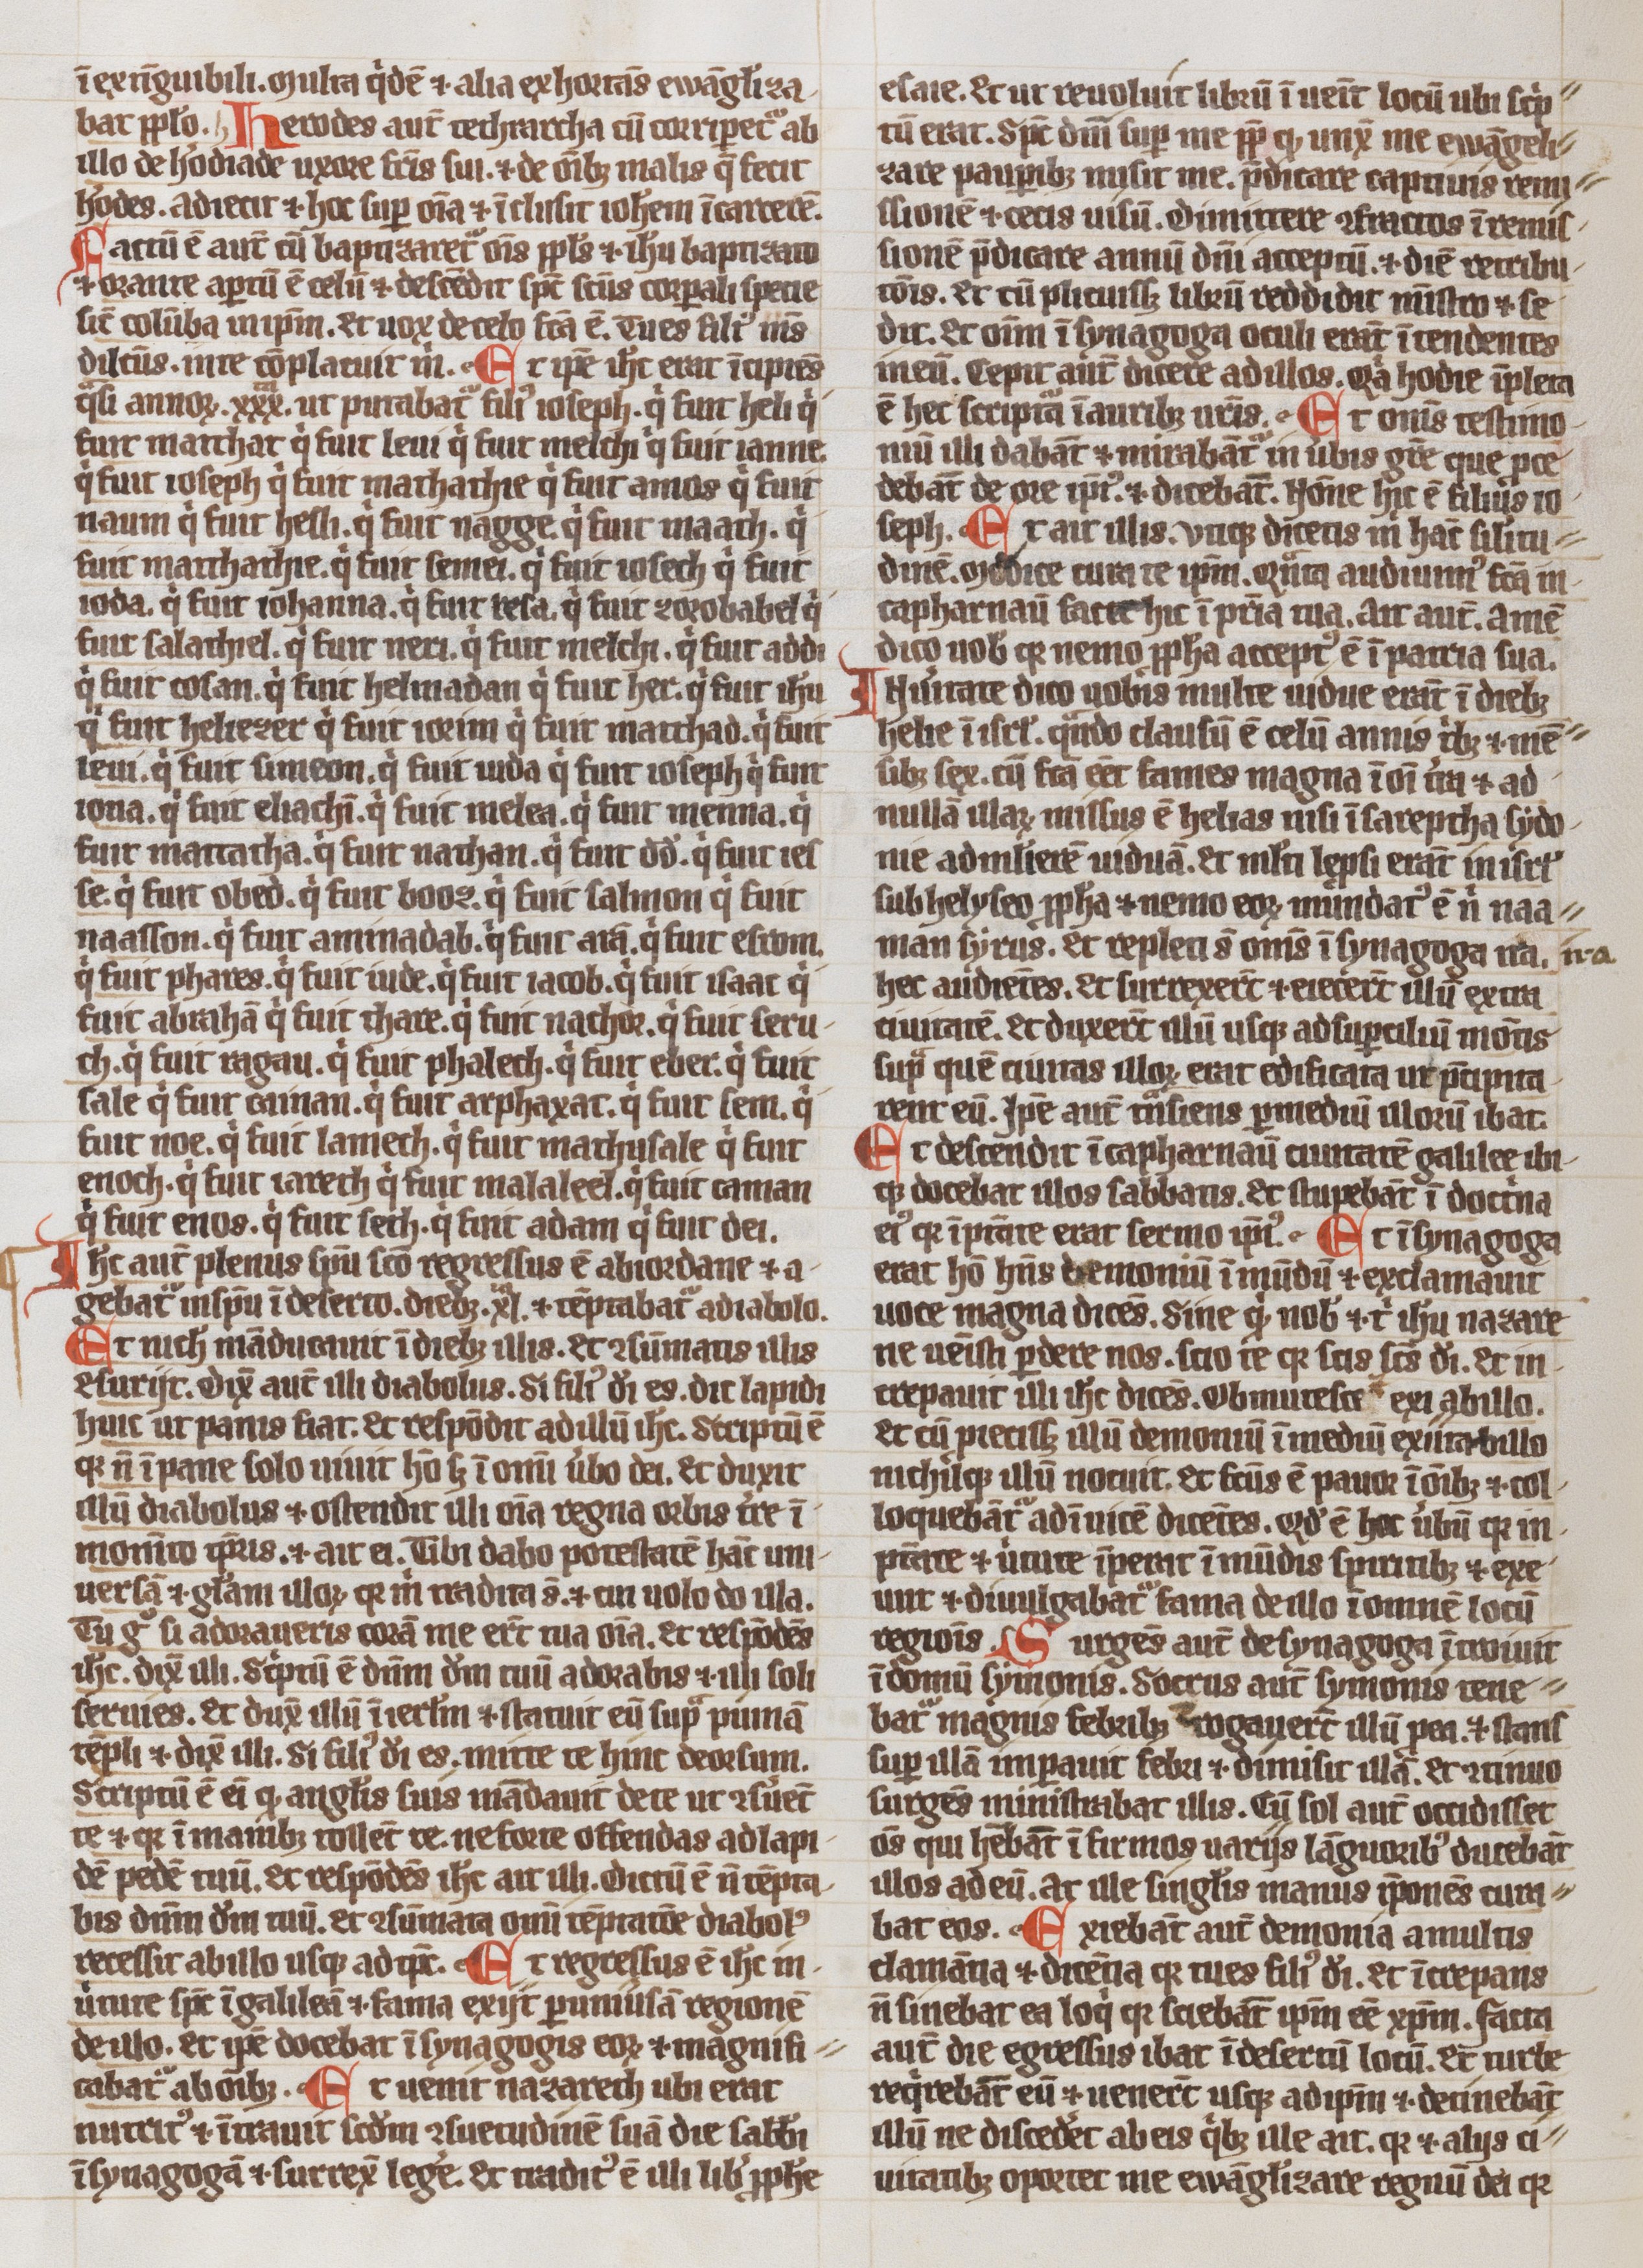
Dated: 1300–1324